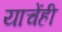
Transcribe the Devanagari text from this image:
याचेंही